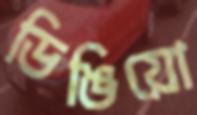
ডিঙিয়ো